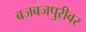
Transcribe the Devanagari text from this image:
बजबजपुरीवर